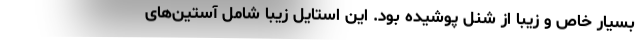
بسیار خاص و زیبا از شنل پوشیده بود. این استایل زیبا شامل آستین‌های